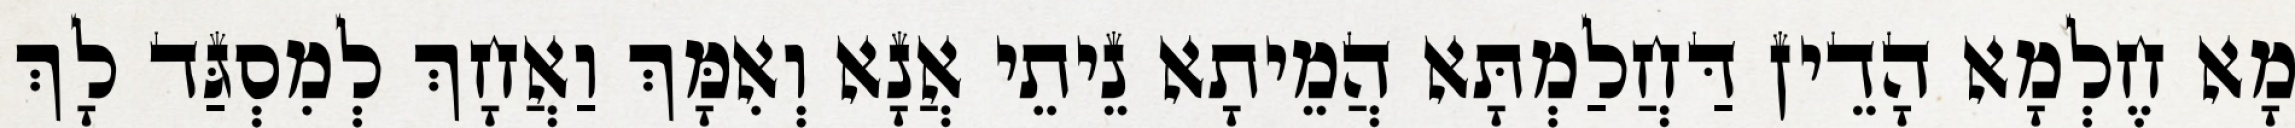
מָא חֶלְמָא הָדֵין דַּחֲלַמְתָּא הֲמֵיתָא נֵיתֵי אֲנָא וְאִמָּךְ וַאֲחָךְ לְמִסְגַּד לָךְ